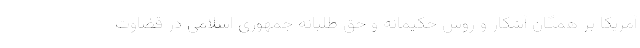
آمریکا بر همگان آشکار و روش حکیمانه و حق طلبانه جمهوری اسلامی در قضاوت